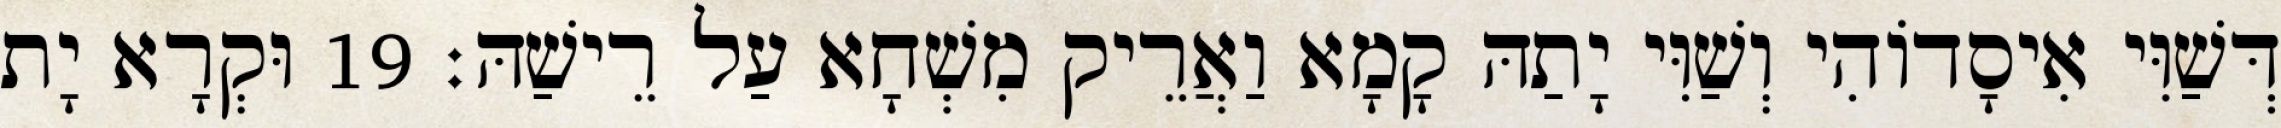
דְּשַׁוִּי אִיסָדוֹהִי וְשַׁוִּי יָתַהּ קָמָא וַאֲרֵיק מִשְׁחָא עַל רֵישַׁהּ׃ 19 וּקְרָא יָת